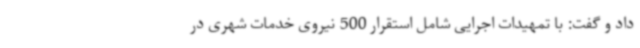
داد و گفت: با تمهیدات اجرایی شامل استقرار 500 نیروی خدمات شهری در